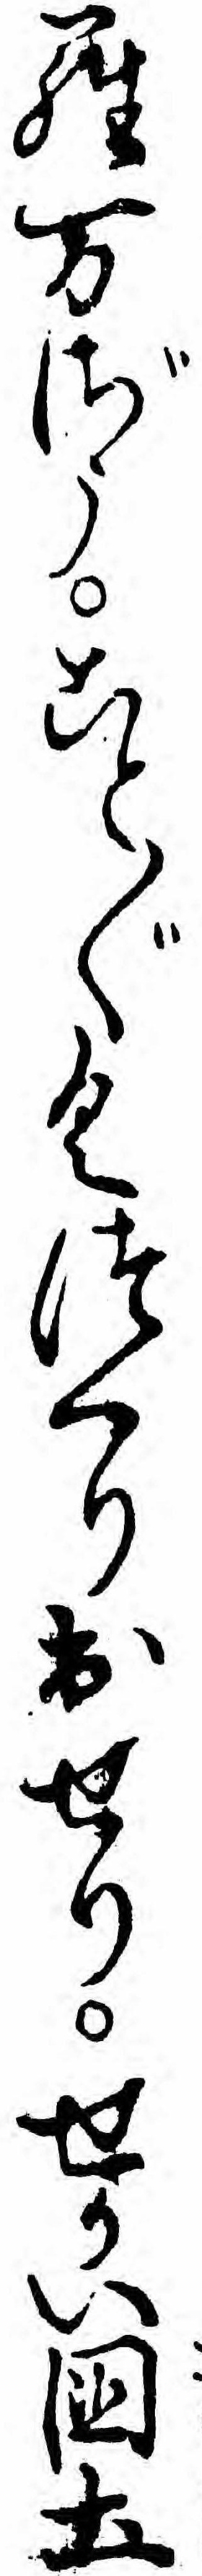
ら万ざうこと〲くつくり出せりせかい国土